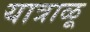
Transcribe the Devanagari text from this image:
यात्राळू